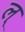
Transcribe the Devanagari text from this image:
ल्‌